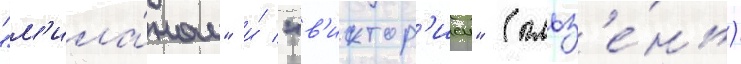
"м'ила́ном" и́ "в'иктор'иеи" (пльз'е́нь)